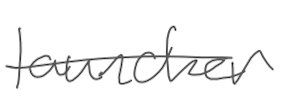
Text: launcher
Cross-out: single-line
Writing tool: digital_gray